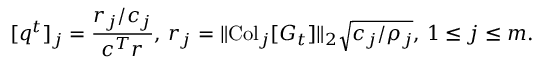
[ q ^ { t } ] _ { j } = { \frac { r _ { j } / c _ { j } } { c ^ { T } r } } , \, r _ { j } = \| { \mathrm { C o l } } _ { j } [ G _ { t } ] \| _ { 2 } \sqrt { c _ { j } / \rho _ { j } } , \, 1 \leq j \leq m .